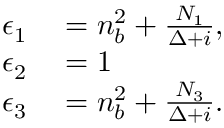
\begin{array} { r l } { \epsilon _ { 1 } } & { { } = n _ { b } ^ { 2 } + \frac { N _ { 1 } } { \Delta + i } , } \\ { \epsilon _ { 2 } } & { { } = 1 } \\ { \epsilon _ { 3 } } & { { } = n _ { b } ^ { 2 } + \frac { N _ { 3 } } { \Delta + i } . } \end{array}